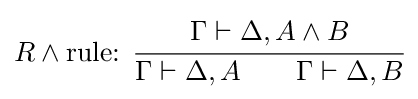
R\land {\text{rule: }}{\cfrac {\Gamma \vdash \Delta ,A\land B}{\Gamma \vdash \Delta ,A\qquad \Gamma \vdash \Delta ,B}}